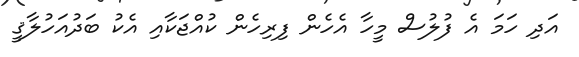
އަދި ހަމަ އެ ފުލުސް މީހާ އެހެން ފިރިހެން ކުއްޖަކާއި އެކު ބަދުއަހުލާޤީ